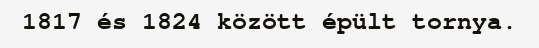
1817 és 1824 között épült tornya.